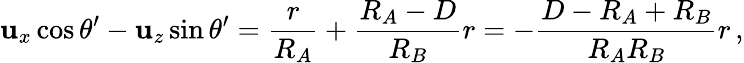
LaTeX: \mathbf{u}_{x}\cos\theta^{\prime}-\mathbf{u}_{z}\sin\theta^{\prime}={\frac{{r}}{{R_{A}}}}+{\frac{{R_{A}-D}}{{R_{B}}}}r=-{\frac{{D-R_{A}+R_{B}}}{{R_{A}R_{B}}}}r\, ,